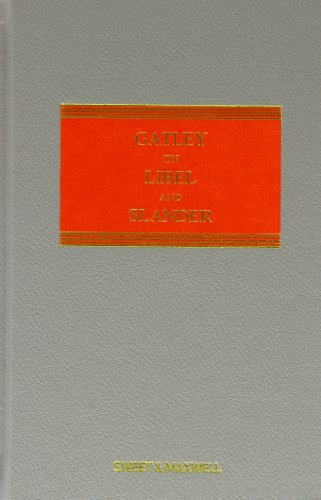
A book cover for Gatley on Libel and Slander; Richard Parkes; Law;